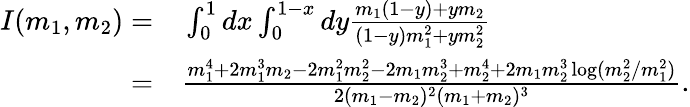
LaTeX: \begin{array}{rl}{I(m_{1},m_{2})=}&{{}\int_{0}^{1}dx\int_{0}^{1-x}dy\frac{m_{1}(1-y)+ym_{2}}{(1-y)m_{1}^{2}+ym_{2}^{2}}}\\ {=}&{{}\frac{m_{1}^{4}+2m_{1}^{3}m_{2}-2m_{1}^{2}m_{2}^{2}-2m_{1}m_{2}^{3}+m_{2}^{4}+2m_{1}m_{2}^{3}\log(m_{2}^{2}/m_{1}^{2})}{2(m_{1}-m_{2})^{2}(m_{1}+m_{2})^{3}}.}\end{array}